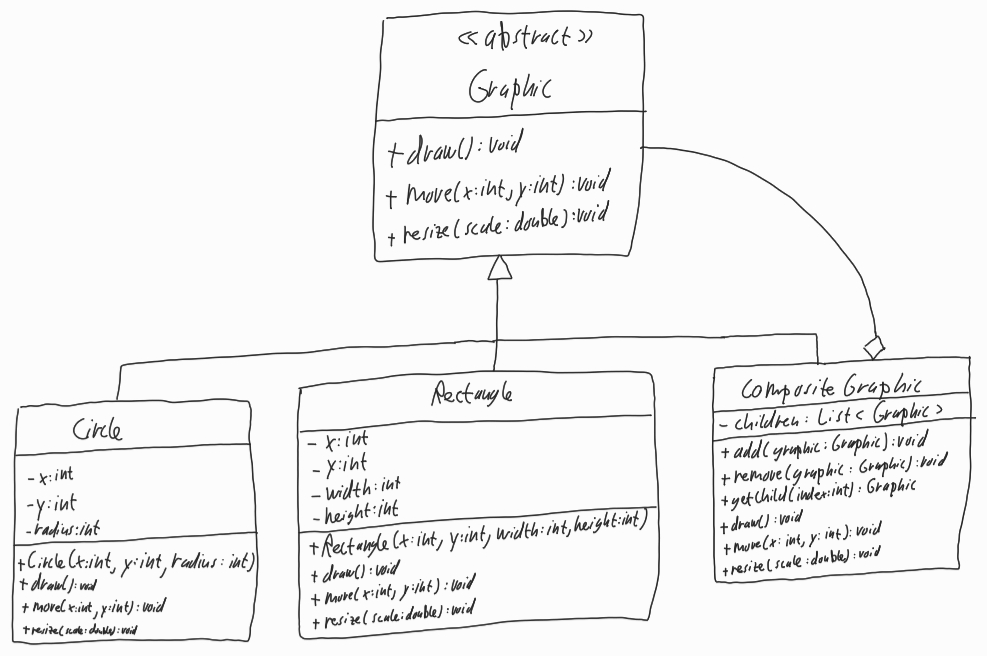
Diagram type: class_diagram
```plantuml
@startuml

abstract Graphic {
  + draw(): void
  + move(x: int, y: int): void
  + resize(scale: double): void
}

class Circle extends Graphic {
  - x: int
  - y: int
  - radius: int
  + Circle(x: int, y: int, radius: int)
  + draw(): void
  + move(x: int, y: int): void
  + resize(scale: double): void
}

class Rectangle extends Graphic {
  - x: int
  - y: int
  - width: int
  - height: int
  + Rectangle(x: int, y: int, width: int, height: int)
  + draw(): void
  + move(x: int, y: int): void
  + resize(scale: double): void
}

class CompositeGraphic extends Graphic {
  - children: List<Graphic>
  + add(graphic: Graphic): void
  + remove(graphic: Graphic): void
  + getChild(index: int): Graphic
  + draw(): void
  + move(x: int, y: int): void
  + resize(scale: double): void
}

CompositeGraphic o-- Graphic

@enduml
```